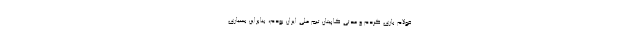
فولام بازی کردم و مدتی کاپیتان تیم ملی ایران بودم، بنابراین بسیاری